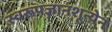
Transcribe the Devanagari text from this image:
स्वरूपज्ञानशून्येन